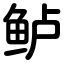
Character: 鲈